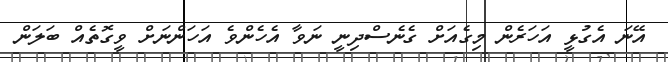
އޭނަ އެގުޅީ އަހަރެން މިގެއަށް ގެނެސްދިނީ ނަވާ އެހެންވެ އަހަންނަށް ވީގޮތެއް ބަލަން